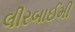
લીરબાઈમી